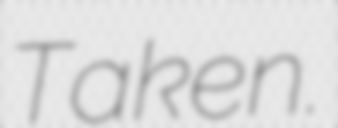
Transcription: Taken.